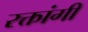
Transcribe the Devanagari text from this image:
रक्तांगी